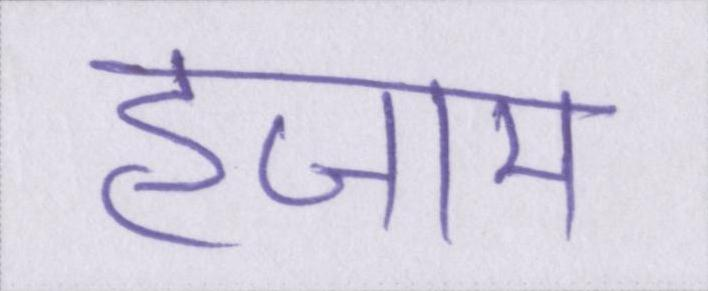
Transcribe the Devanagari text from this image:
हजाम